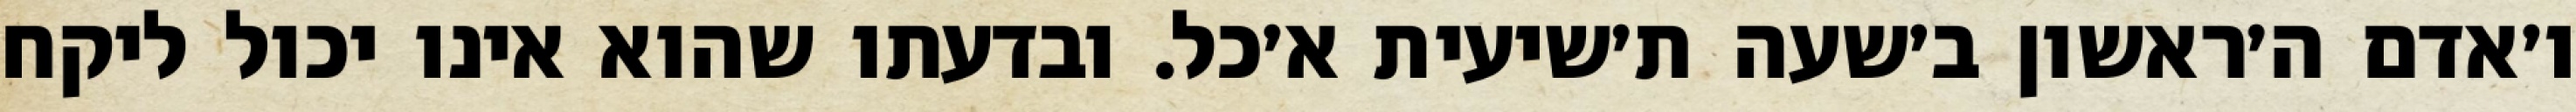
ו׳אדם ה׳ראשון ב׳שעה ת׳שיעית א׳כל. ובדעתו שהוא אינו יכול ליקח